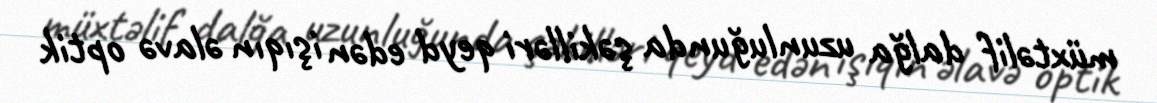
müxtəlif dalğa uzunluğunda şəkilləri qeyd edən işıqın əlavə optik